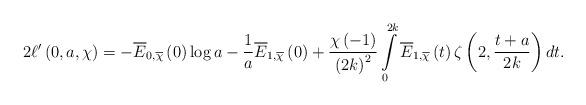
LaTeX: \begin{align*}2\ell^{\prime}\left( 0,a,\chi\right) =-\overline{E}_{0,\overline{\chi}}\left( 0\right) \log a-\frac{1}{a}\overline{E}_{1,\overline{\chi}}\left(0\right) +\frac{\chi\left( -1\right) }{\left( 2k\right) ^{2}}\int\limits_{0}^{2k}\overline{E}_{1,\overline{\chi}}\left( t\right)\zeta\left( 2,\frac{t+a}{2k}\right) dt. \end{align*}